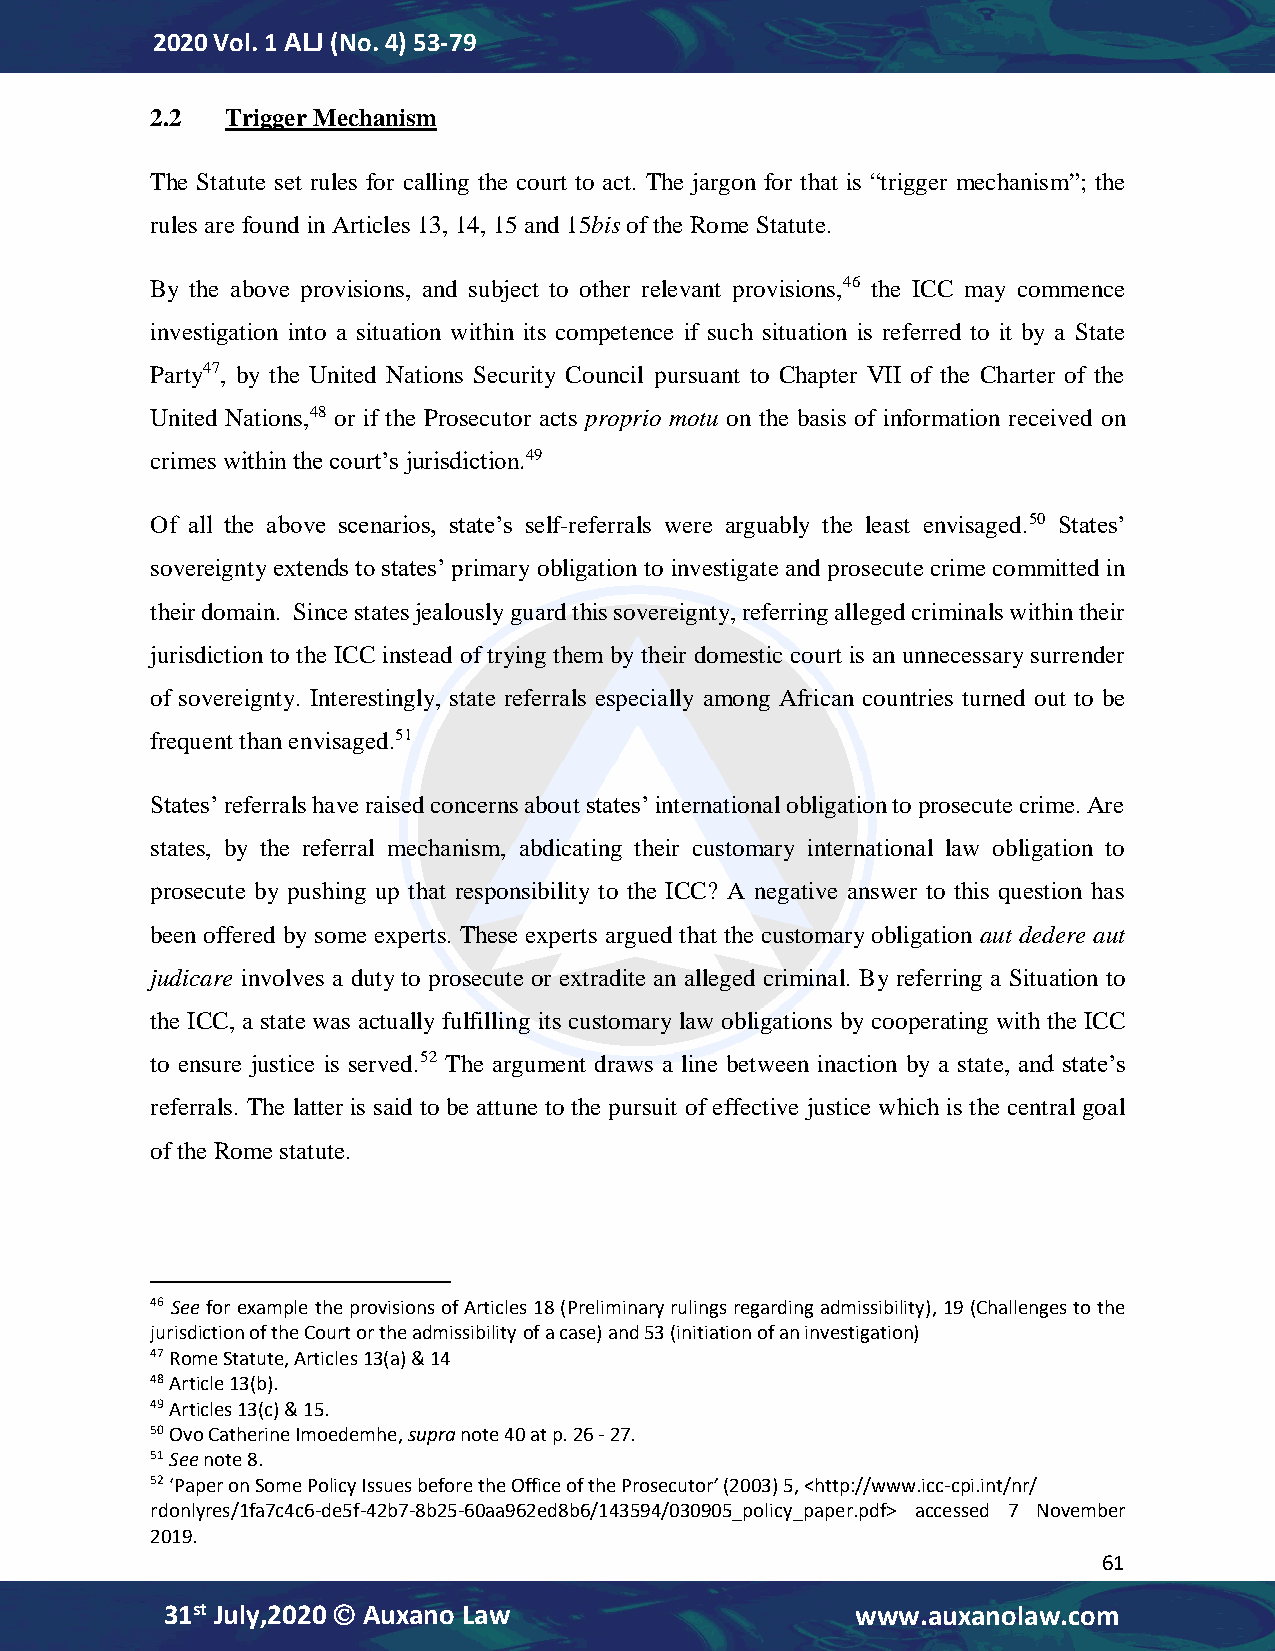
2020 Vol. 1 ALJ (No. 4) 53-79
 2.2  Trigger Mechanism
 The Statute set rules for calling the court to act. The jargon for that is “trigger mechanism”; the
 rules are found in Articles 13, 14, 15 and 15bis of the Rome Statute.
 By the above provisions, and subject to other relevant provisions,46 the ICC may commence
 investigation into a situation within its competence if such situation is referred to it by a State
 Party47, by the United Nations Security Council pursuant to Chapter VII of the Charter of the
 United Nations,48 or if the Prosecutor acts proprio motu on the basis of information received on
 crimes within the court’s jurisdiction.49
 Of all the above scenarios, state’s self-referrals were arguably the least envisaged.50 States’
 sovereignty extends to states’ primary obligation to investigate and prosecute crime committed in
 their domain. Since states jealously guard this sovereignty, referring alleged criminals within their
 jurisdiction to the ICC instead of trying them by their domestic court is an unnecessary surrender
 of sovereignty. Interestingly, state referrals especially among African countries turned out to be
 frequent than envisaged.51
 States’ referrals have raised concerns about states’ international obligation to prosecute crime. Are
 states, by the referral mechanism, abdicating their customary international law obligation to
 prosecute by pushing up that responsibility to the ICC? A negative answer to this question has
 been offered by some experts. These experts argued that the customary obligation aut dedere aut
 judicare involves a duty to prosecute or extradite an alleged criminal. By referring a Situation to
 the ICC, a state was actually fulfilling its customary law obligations by cooperating with the ICC
 to ensure justice is served.52 The argument draws a line between inaction by a state, and state’s
 referrals. The latter is said to be attune to the pursuit of effective justice which is the central goal
 of the Rome statute.
 46 See for example the provisions of Articles 18 (Preliminary rulings regarding admissibility), 19 (Challenges to the
 jurisdiction of the Court or the admissibility of a case) and 53 (initiation of an investigation)
 47 Rome Statute, Articles 13(a) & 14
 48 Article 13(b).
 49 Articles 13(c) & 15.
 50 Ovo Catherine Imoedemhe, supra note 40 at p. 26 - 27.
 51 See note 8.
 52 ‘Paper on Some Policy Issues before the Office of the Prosecutor’ (2003) 5, <http://www.icc-cpi.int/nr/
 rdonlyres/1fa7c4c6-de5f-42b7-8b25-60aa962ed8b6/143594/030905_policy_paper.pdf> accessed 7 November
 2019.
 61
 31st July,2020  Auxano Law                   www.auxanolaw.com